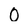
Character: O